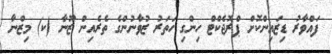
ފައްވާރު ޑިޒައިންކޮށް ޕްރޮޖެކްޓް ހިންގި ހަތަރު ޒުވާނުންގެ ތެރެއިން ޒޫނާ (ކ) މިޒްނާ